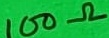
Text: 100Ω